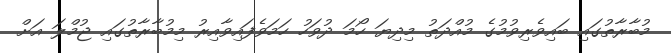
މުބާރާތުގައި ބައިވެރިވުމުގެ މުއްދަތު މިދިޔަ ހޯމަ ދުވަހު ހަމަވެފައިވާއިރު މިމުބާރާތުގައި ޖުމްލަ އަށް